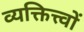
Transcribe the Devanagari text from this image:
व्यक्तित्त्वों